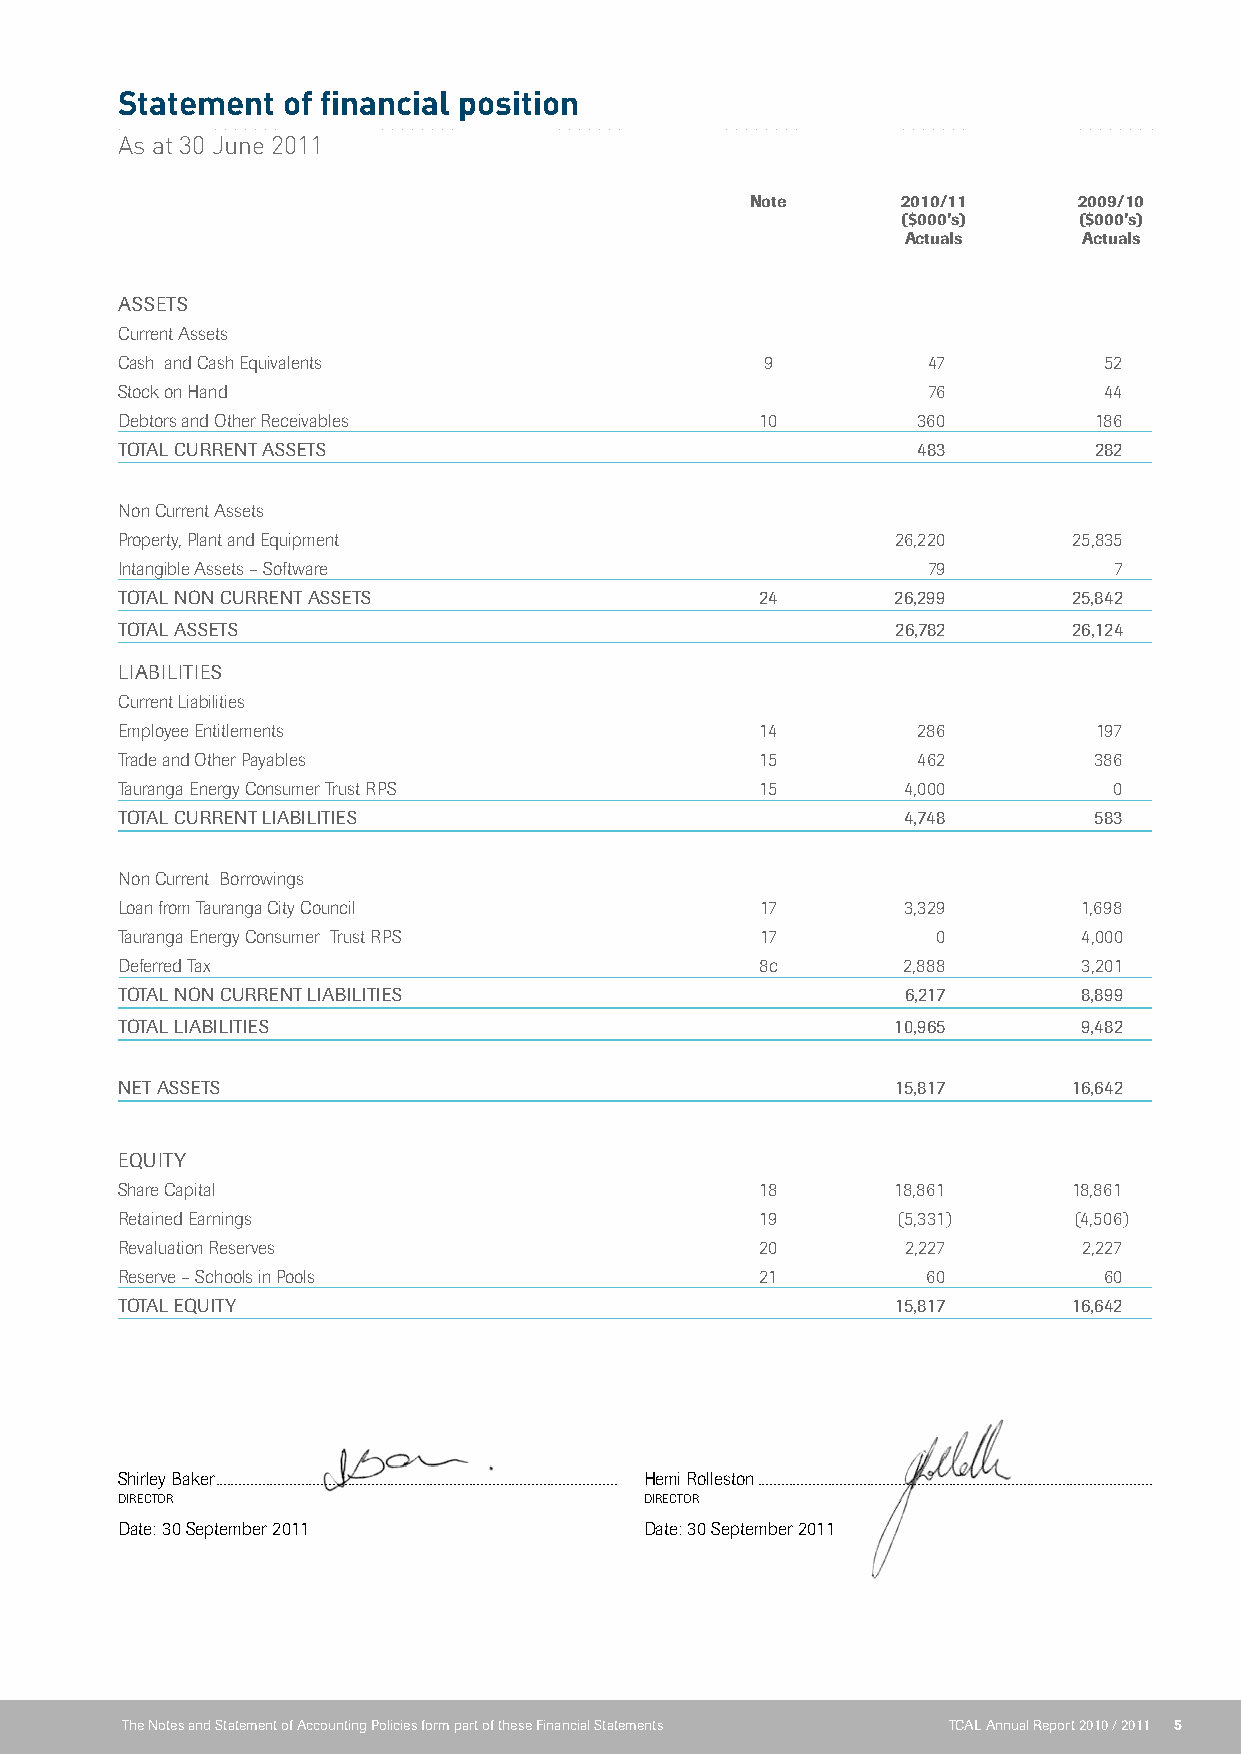
Statement  of financial position
 As at 30 June 2011
 Note      2010/11    2009/10
 ($000’s)   ($000’s)
 Actuals     Actuals
 ASSeTS
 Current Assets
 Cash and Cash Equivalents                  9         47          52
 Stock on Hand                                        76          44
 Debtors and Other Receivables             10         360        186
 TOTAL CuRReNT ASSeTS                                 483        282
 Non Current Assets
 Property, Plant and Equipment                      26,220      25,835
 Intangible Assets – Software                         79           7
 TOTAL NON CuRReNT ASSeTS                  24       26,299      25,842
 TOTAL ASSeTS                                       26,782      26,124
 LiABiLiTieS
 Current Liabilities
 Employee Entitlements                     14         286         197
 Trade and Other Payables                  15         462        386
 Tauranga Energy Consumer Trust RPS        15        4,000         0
 TOTAL CuRReNT LiABiLiTieS                           4,748       583
 Non Current Borrowings
 Loan from Tauranga City Council           17        3,329      1,698
 Tauranga Energy Consumer Trust RPS        17          0         4,000
 Deferred Tax                              8c        2,888       3,201
 TOTAL NON CuRReNT LiABiLiTieS                       6,217       8,899
 TOTAL LiABiLiTieS                                  10,965       9,482
 NeT ASSeTS                                         15,817      16,642
 equiTY
 Share Capital                             18       18,861      18,861
 Retained Earnings                         19       (5,331)     (4,506)
 Revaluation Reserves                      20        2,227       2,227
 Reserve – Schools in Pools                21         60          60
 TOTAL equiTY                                       15,817      16,642
 Shirley Baker ....................................................................................................... Hemi Rolleston .....................................................................................................
 DIRECTOR                           DIRECTOR
 Date: 30 September 2011            Date: 30 September 2011
 The Notes and Statement of Accounting Policies form part of these Financial Statements TCAL Annual Report 2010 / 2011 5